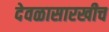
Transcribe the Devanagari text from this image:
देवळासारखीच